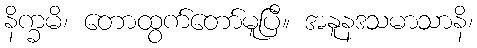
နိက္ခမိ၊ တောထွက်တော်မူပြီ။ အနူနဒသမာသာနိ၊